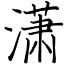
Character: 潇